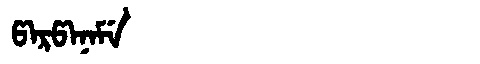
Manchu: ᡦᠠᡵᡦᠠᠨᠠᠮᡝ
Romanization: PARPANAME